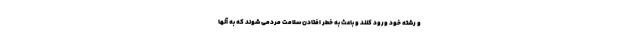
و رشته خود ورود کنند و باعث به خطر افتادن سلامت مردمی شوند که به آنها